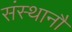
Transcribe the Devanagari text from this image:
संस्थानौं